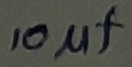
Text: 10µf